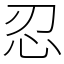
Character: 忍